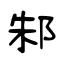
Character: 邾